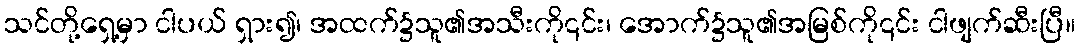
သင်တို့ရှေ့မှာ ငါပယ် ရှား၍၊ အထက်၌သူ၏အသီးကို၎င်း၊ အောက်၌သူ၏အမြစ်ကို၎င်း ငါဖျက်ဆီးပြီ။